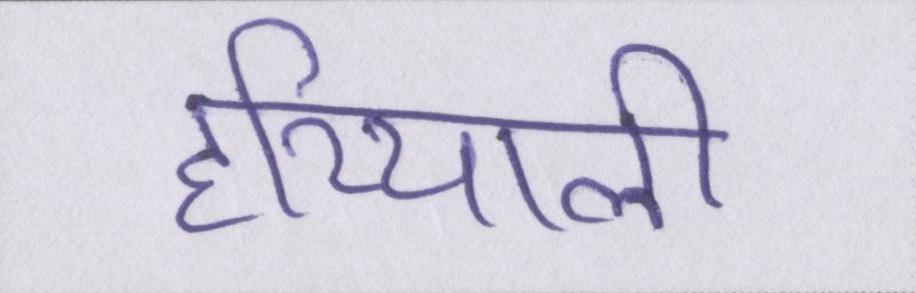
हरियाली